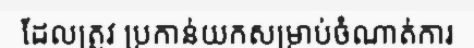
ដែលត្រូវ ប្រកាន់យកសម្រាប់ចំណាត់ការ